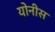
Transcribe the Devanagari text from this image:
योनीस